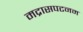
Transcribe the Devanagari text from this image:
मद्रासपटनम